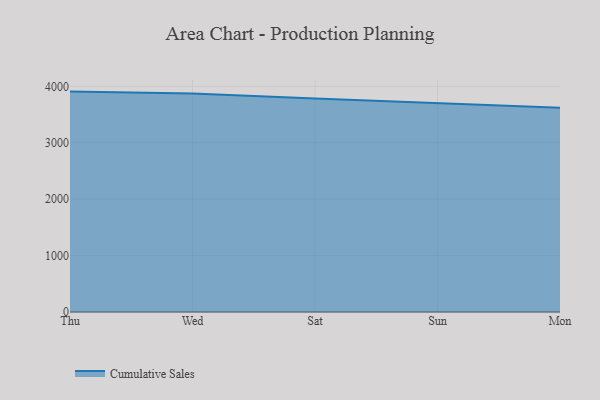
{"axis": {"x": "Day", "y": "Budget (USD K)"}, "legend": ["Cumulative Sales"], "data": [{"x": "Thu", "y": 3906.3, "type": "Cumulative Sales"}, {"x": "Wed", "y": 3874.3, "type": "Cumulative Sales"}, {"x": "Sat", "y": 3786.0, "type": "Cumulative Sales"}, {"x": "Sun", "y": 3700.3, "type": "Cumulative Sales"}, {"x": "Mon", "y": 3618.0, "type": "Cumulative Sales"}]}